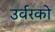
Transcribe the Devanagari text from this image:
उर्वरको